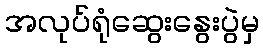
အလုပ်ရုံဆွေးနွေးပွဲမှ